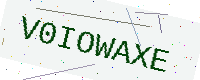
Text: V0IOWAXE